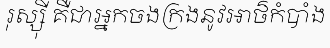
រុស្ស៊ី គឺជាអ្នកចងក្រងនូវអាថ៌កំបាំង